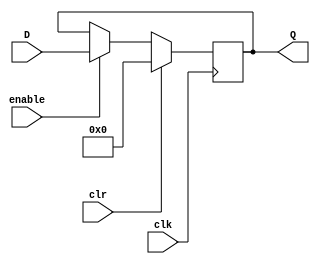
module Register #(parameter VAL = 0)(
    input clr, clk, enable, 
    input [31:0] D, 
    output wire [31:0] Q
);
	reg [31:0] temp;
    initial temp<= VAL;

    always@(posedge clk)
    begin
        if (clr)            //if clr is 1, set to 0
            temp <= 0;
        else if(enable)     //if enable is 1 and clr is 0, Q=D
            temp <= D;
    end
		assign Q = temp;
	 
endmodule